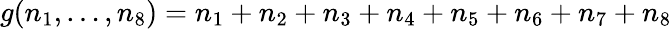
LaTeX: g(n_{1},\ldots,n_{8})=n_{1}+n_{2}+n_{3}+n_{4}+n_{5}+n_{6}+n_{7}+n_{8}